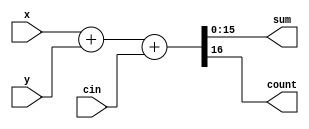
/*                  *
 * adder16.v        *
 * 16  *
 *                  */

module adder16 (x, y, cin, sum, count);
    input [15:0] x, y;
    input cin;
    output [15:0] sum;
    output count;

    assign {count, sum} = x + y + cin;
endmodule